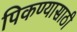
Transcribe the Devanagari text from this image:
पिकण्यासाठी